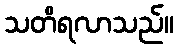
သတိရလာသည်။